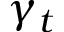
\gamma _ { t }